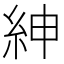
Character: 紳